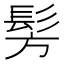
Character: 髣